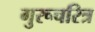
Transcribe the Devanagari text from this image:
गुरूचरित्र